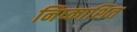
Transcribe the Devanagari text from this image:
निष्काशित